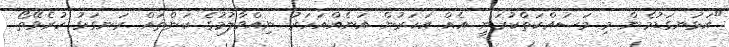
"އަޅުނގަޑުމެން މި މަސައްކަތްކުރަނީ އެއް އަހަރުން އަނެއްއަހަރު ނިއްވާލުމުގެ ކަންތައް ރަނގަޅު ކުރެވޭތޯ.